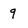
Character: 9